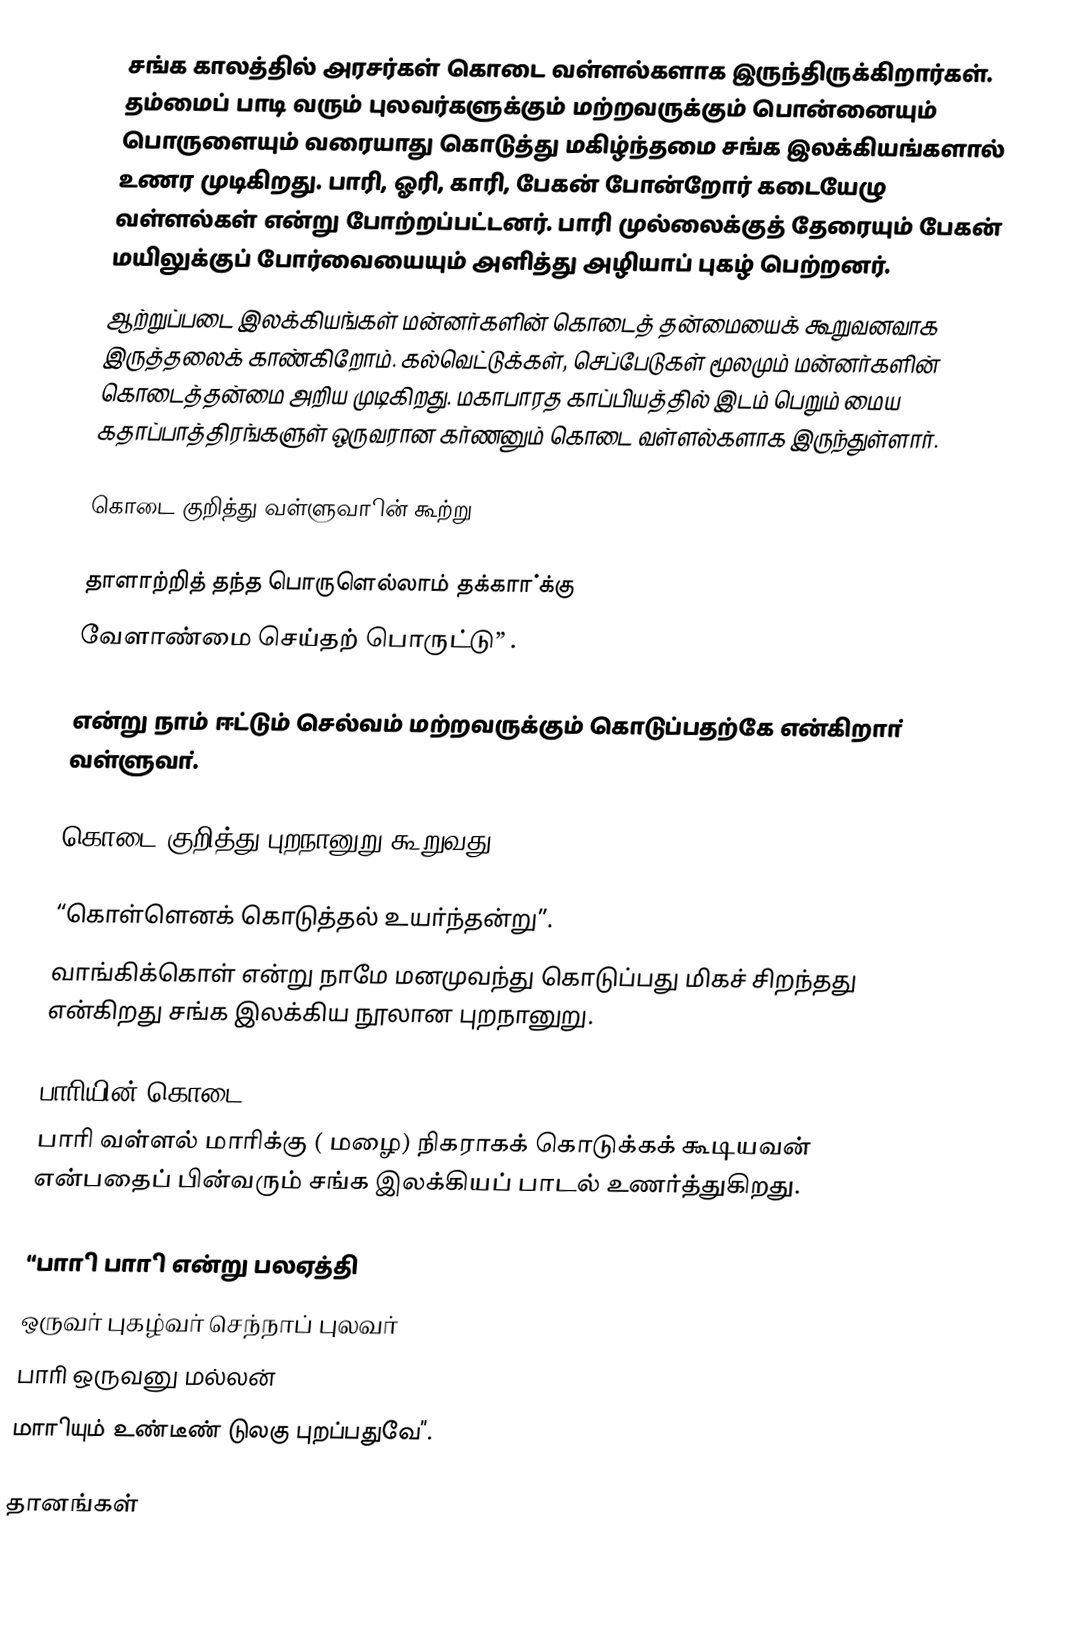
சங்க காலத்தில் அரசர்கள் கொடை வள்ளல்களாக இருந்திருக்கிறார்கள். தம்மைப் பாடி வரும் புலவர்களுக்கும் மற்றவருக்கும் பொன்னையும் பொருளையும் வரையாது கொடுத்து மகிழ்ந்தமை சங்க இலக்கியங்களால் உணர முடிகிறது. பாரி, ஓரி, காரி, பேகன் போன்றோர் கடையேழு வள்ளல்கள் என்று போற்றப்பட்டனர். பாரி முல்லைக்குத் தேரையும் பேகன் மயிலுக்குப் போர்வையையும் அளித்து அழியாப் புகழ் பெற்றனர்.
ஆற்றுப்படை இலக்கியங்கள் மன்னர்களின் கொடைத் தன்மையைக் கூறுவனவாக இருத்தலைக் காண்கிறோம். கல்வெட்டுக்கள், செப்பேடுகள் மூலமும் மன்னர்களின் கொடைத்தன்மை அறிய முடிகிறது. மகாபாரத காப்பியத்தில் இடம் பெறும் மைய கதாப்பாத்திரங்களுள் ஒருவரான  கர்ணனும் கொடை வள்ளல்களாக இருந்துள்ளார்.

கொடை குறித்து வள்ளுவாின் கூற்று

தாளாற்றித் தந்த பொருளெல்லாம் தக்காா்க்கு
வேளாண்மை செய்தற் பொருட்டு” .

என்று நாம் ஈட்டும் செல்வம் மற்றவருக்கும் கொடுப்பதற்கே என்கிறாா் வள்ளுவா்.

கொடை குறித்து புறநானுறு கூறுவது

“கொள்ளெனக் கொடுத்தல் உயா்ந்தன்று”.
வாங்கிக்கொள் என்று நாமே மனமுவந்து கொடுப்பது மிகச் சிறந்தது என்கிறது சங்க இலக்கிய நூலான புறநானுறு.

பாாியின் கொடை
பாாி வள்ளல் மாாிக்கு ( மழை) நிகராகக் கொடுக்கக் கூடியவன் என்பதைப் பின்வரும் சங்க இலக்கியப் பாடல் உணா்த்துகிறது.

“பாாி பாாி என்று பலஏத்தி
ஒருவா் புகழ்வா் செந்நாப் புலவா்
பாாி ஒருவனு மல்லன்
மாாியும் உண்டீண் டுலகு புறப்பதுவே”.

தானங்கள்